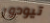
تيودور